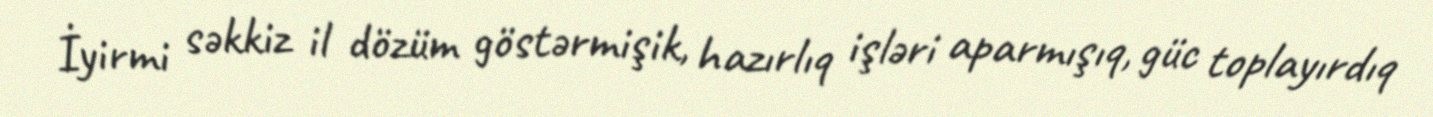
İyirmi səkkiz il dözüm göstərmişik, hazırlıq işləri aparmışıq, güc toplayırdıq